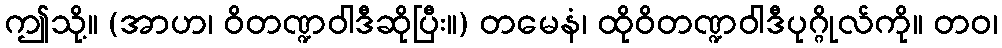
ဤသို့။ (အာဟ၊ ဝိတဏ္ဍဝါဒီဆိုပြီး။) တမေနံ၊ ထိုဝိတဏ္ဍဝါဒီပုဂ္ဂိုလ်ကို။ တဝ၊